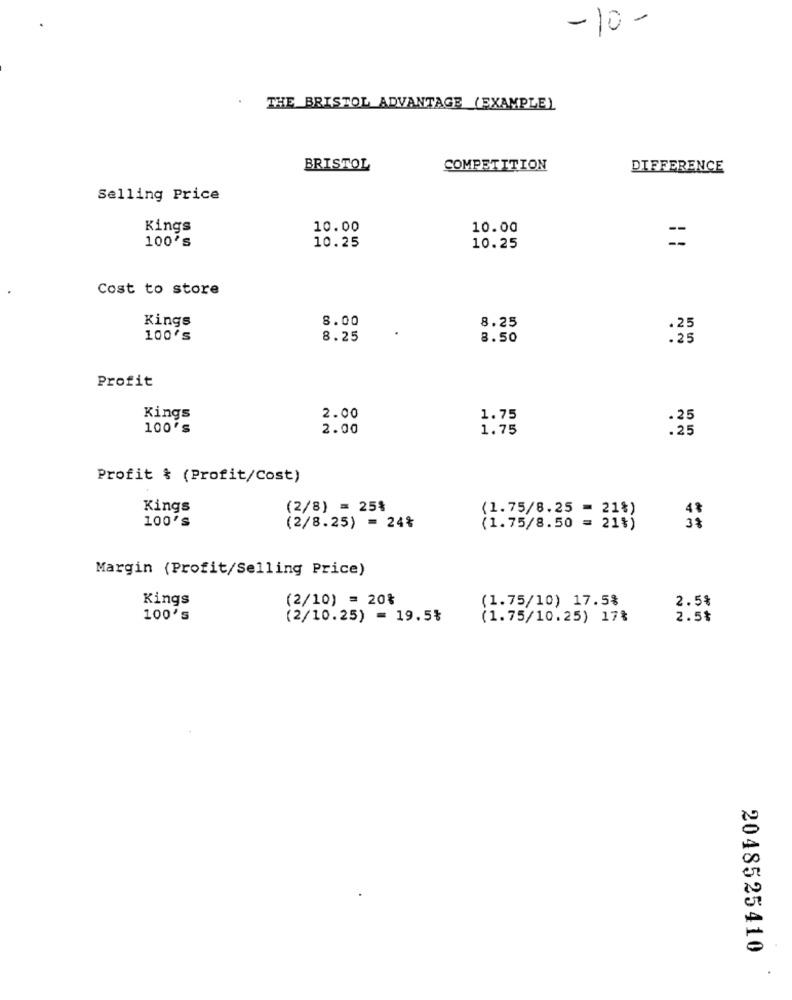
-10 -
THE BRISTOL ADVANTAGE (EXAMPLE)
BRISTOL
COMPETITION
DIFFERENCE
Selling Price
Kings
10.00
10.00
=
100's
10.25
10.25
Cost to store
Kings
8.00
8.25
.25
100's
8.25
8.50
.25
Profit
Kings
2.00
1.75
.25
100's
2.00
1.75
.25
Profit & (Profit/Cost)
Kings
(2/8) = 25%
(1.75/8.25 = 21%)
4%
100'S
(2/8.25) = 24%
(1.75/8.50 = 21%)
38
Margin (Profit/Selling Price)
Kings
(2/10) = 20%
(1.75/10) 17.5%
2.5%
100's
(2/10.25) = 19.5%
(1.75/10.25) 17%
2.5%
2048525410